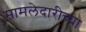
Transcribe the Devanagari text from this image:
मामलेदारीच्या